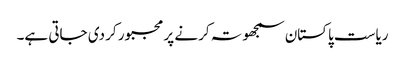
ریاست پاکستان سمجھوتہ کرنے پر مجبور کر دی جاتی ہے۔